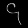
Digit: ၄